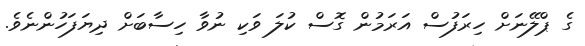
ގެ ޕްލޭނަށް ހިރަފުސް އަރަމުން ގޮސް ކުލަ ވަކި ނުވާ ހިސާބަށް ދިޔަފަހުންނެވެ.